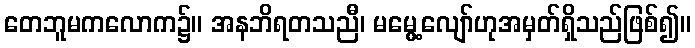
တေဘူမကလောက၌။ အနဘိရတသညီ၊ မမွေ့လျော်ဟုအမှတ်ရှိသည်ဖြစ်၍။